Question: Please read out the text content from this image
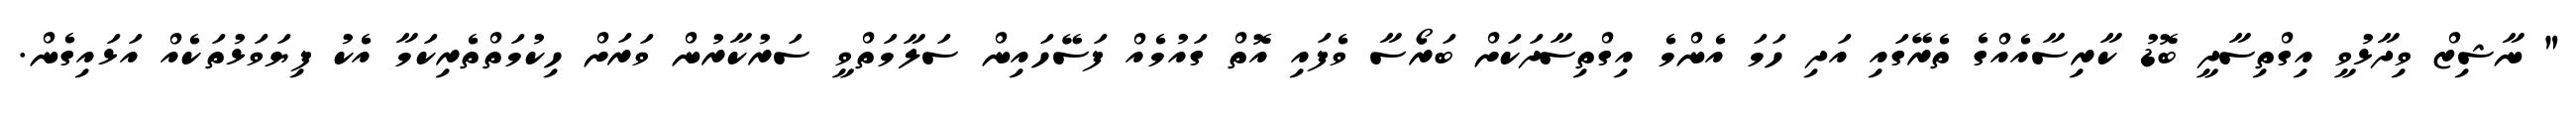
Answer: " ނާޝިޒް ވިދާޅުވީ އިގްތިސާދީ ބޮޑު ކާރިސާއެއްގެ ތެރޭގައި އަދި ހަމަ އެންމެ އިގްތިސާދަކަށް ބަރޯސާ ވެފައި އޮތް ގައުމެއް ފަސޭހައިން ސަލާމަތްވީ ސަރުކާރުން ވަރަށް ހިކުމަތްތެރިކަމާ އެކު ފިޔަވަޅުތަކެއް އަޅައިގެން.